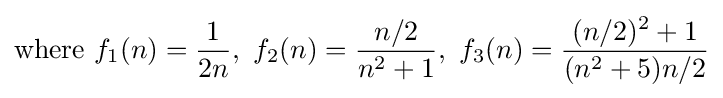
{\text{where }}f_{1}(n)={\frac {1}{2n}},\ f_{2}(n)={\frac {n/2}{n^{2}+1}},\ f_{3}(n)={\frac {(n/2)^{2}+1}{(n^{2}+5)n/2}}